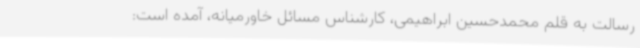
رسالت به قلم محمدحسین ابراهیمی، کارشناس مسائل خاورمیانه، آمده است: